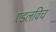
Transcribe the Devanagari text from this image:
एडलविच